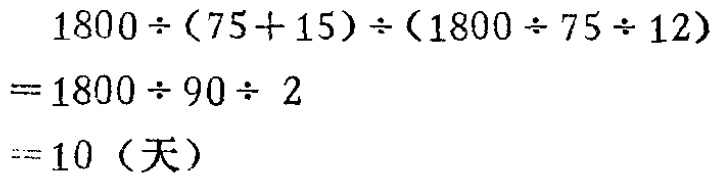
\[
\begin{align*}
&1800\div(75 + 15)\div(1800\div75\div12)\\
=&1800\div90\div2\\
=&10 \text{（天）}
\end{align*}
\]